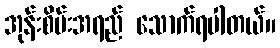
အုန်းစိမ်းအရည် သောက်ရပါတယ်။